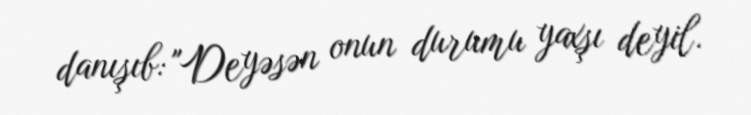
danışıb: "Deyəsən onun durumu yaxşı deyil.